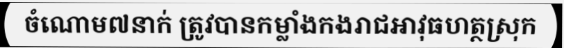
ចំណោម៧នាក់ ត្រូវបានកម្លាំងកងរាជអាវុធហត្ថស្រុក